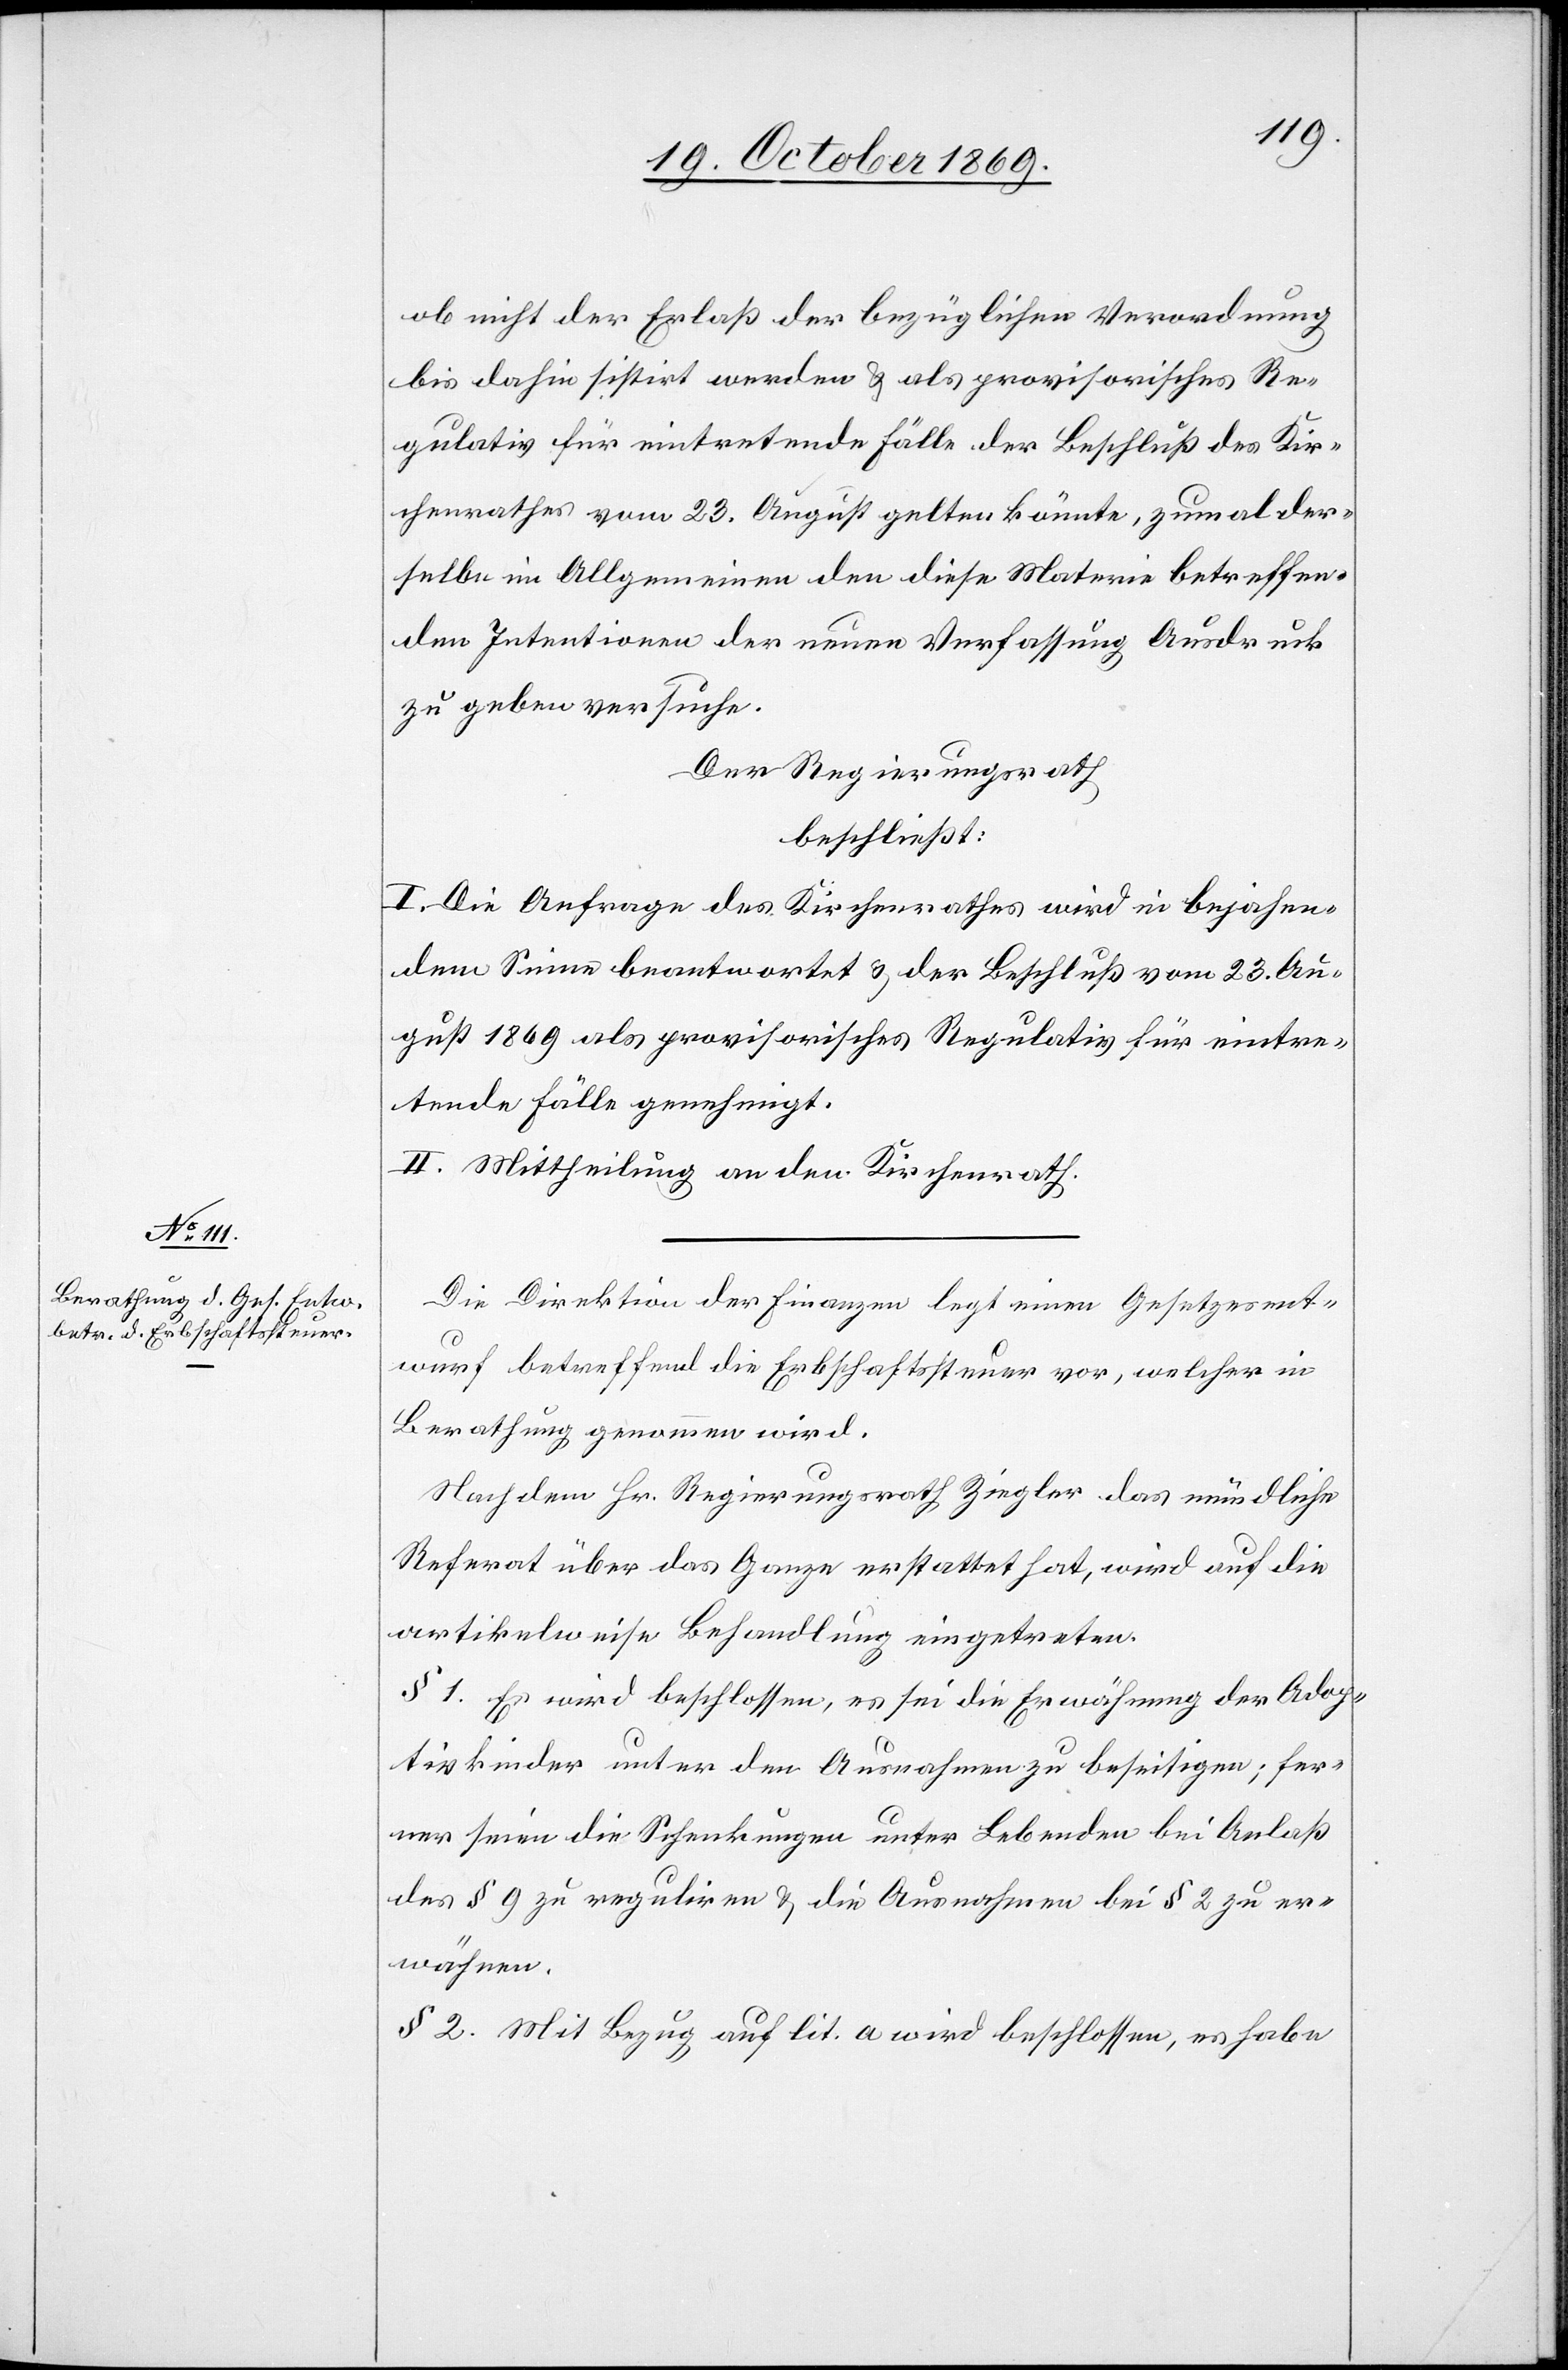
ob nicht der Erlaß der bezüglichen Verordnung
bis dahin sistirt werden & als provisorisches Re¬
gulativ für eintretende Fälle der Beschluß des Kir¬
chenrathes vom 23. August gelten könnte, zumal der¬
selbe im Allgemeinen den diese Materie betreffen¬
den Intentionen der neuen Verfassung Ausdruck
zu geben versuche.
Der Regierungsrath
beschließt:
I. Die Anfrage des Kirchenrathes wird in bejahen¬
dem Sinne beantwortet & der Beschluß vom 23. Au¬
gust 1869 als provisorisches Regulativ für eintre¬
tende Fälle genehmigt.
II. Mittheilung an den Kirchenrath.
Die Direktion der Finanzen legt einen Gesetzesent¬
wurf betreffend die Erbschaftssteuer vor, welcher in
Berathung genommen wird.
Nachdem Hr. Regierungsrath Ziegler das mündliche
Referat über das Ganze erstattet hat, wird auf die
artikelweise Behandlung eingetreten.
§ 1. Es wird beschlossen, es sei die Erwähnung der Adop¬
tivkinder unter den Ausnahmen zu beseitigen; fer¬
ner seien die Schenkungen unter Lebenden bei Anlaß
des § 9 zu reguliren & die Ausnahmen bei § 2 zu er¬
wähnen.
§ 2. Mit Bezug auf lit. a wird beschlossen, es habe